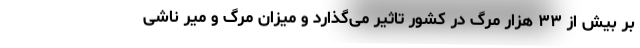
بر بیش از ۳۳ هزار مرگ در کشور تاثیر می‌گذارد و میزان مرگ و میر ناشی